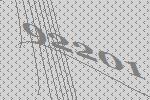
92201